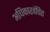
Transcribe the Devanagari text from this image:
अधिकारवंचित